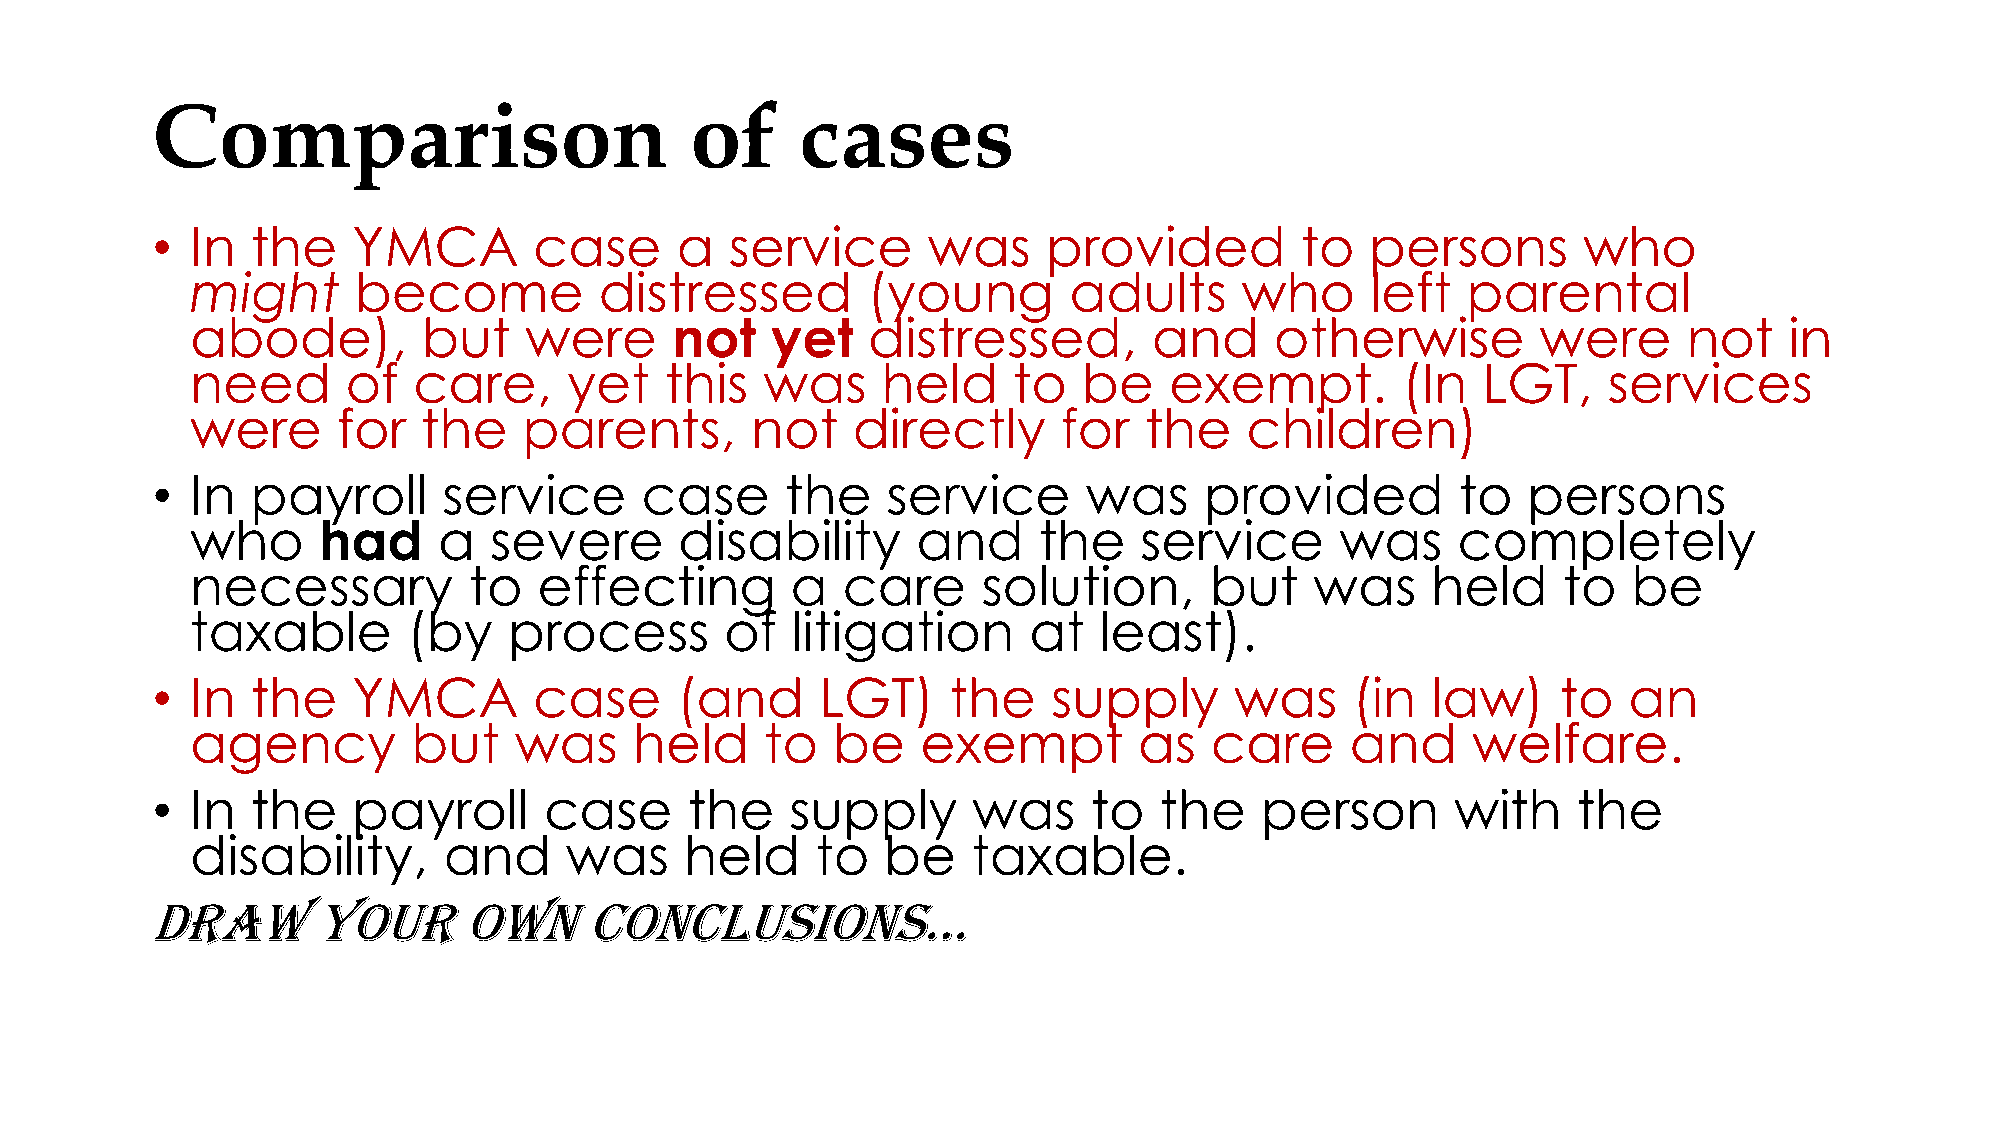
Comparison                          of     cases
 •  In  the   YMCA        case      a  service      was     provided         to   persons       who
 might     become           distressed       (young        adults     who      left  parental
 abode),        but    were     not    yet   distressed,        and     otherwise         were      not   in
 need      of  care,      yet   this   was    held     to   be   exempt.         (In  LGT,    services
 were     for   the    parents,       not   directly      for   the   children)
 •  In  payroll     service      case      the    service      was     provided         to  persons
 who     had     a  severe       disability      and     the   service       was    completely
 necessary         to   effecting       a   care     solution,      but    was     held    to   be
 taxable       (by    process       of  litigation      at   least).
 •  In  the   YMCA        case      (and     LGT)     the    supply      was    (in   law)    to   an
 agency        but    was     held     to  be    exempt        as   care     and     welfare.
 •  In  the   payroll      case      the   supply      was     to   the   person       with    the
 disability,     and     was     held     to  be    taxable.
 Draw       your      own     conclusions…